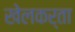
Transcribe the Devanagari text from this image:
खेलकर्ता